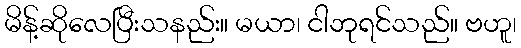
မိန့်ဆိုလေပြီးသနည်း။ မယာ၊ ငါဘုရင်သည်။ ဗဟူ၊